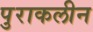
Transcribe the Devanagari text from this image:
पुराकलीन